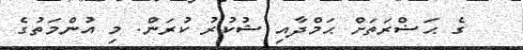
ގެ ޙަޟްރަތަށް ޙަމްދާއި ޝުކުރު ކުރަން. މި އުންމަތުގެ